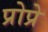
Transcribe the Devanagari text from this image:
प्रोप्रे